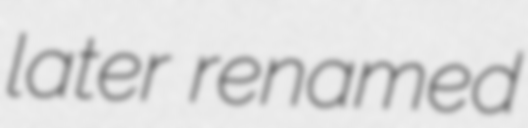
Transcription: later renamed